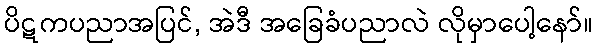
ပိဋကပညာအပြင်, အဲဒီ အခြေခံပညာလဲ လိုမှာပေါ့နော်။